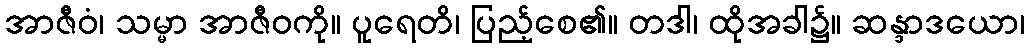
အာဇီဝံ၊ သမ္မာ အာဇီဝကို။ ပူရေတိ၊ ပြည့်စေ၏။ တဒါ၊ ထိုအခါ၌။ ဆန္ဒာဒယော၊